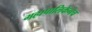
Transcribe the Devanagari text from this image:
महापालिकेनेच